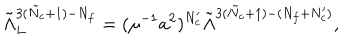
\tilde { \Lambda } _ { L } ^ { 3 ( \tilde { N } _ { c } + 1 ) - N _ { f } } = ( \mu ^ { - 1 } a ^ { 2 } ) ^ { N _ { c } ^ { \prime } } \tilde { \Lambda } ^ { 3 ( \tilde { N } _ { c } + 1 ) - ( N _ { f } + N _ { c } ^ { \prime } ) } ,